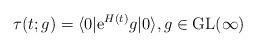
LaTeX: \begin{align*}\tau(t;g) = \langle 0 | \mathrm e^{H(t)} g |0\rangle, g\in \mathrm{GL}(\infty)\end{align*}